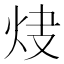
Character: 𤆿